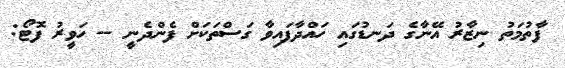
ފާތުމަތު ނިޒާރު އޭނާގެ ދަނޑުގައި ހައްދާފައިވާ ގަސްތަކަށް ފެންދެނީ -- ހަވީރު ފޮޓޯ: